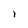
Character: l